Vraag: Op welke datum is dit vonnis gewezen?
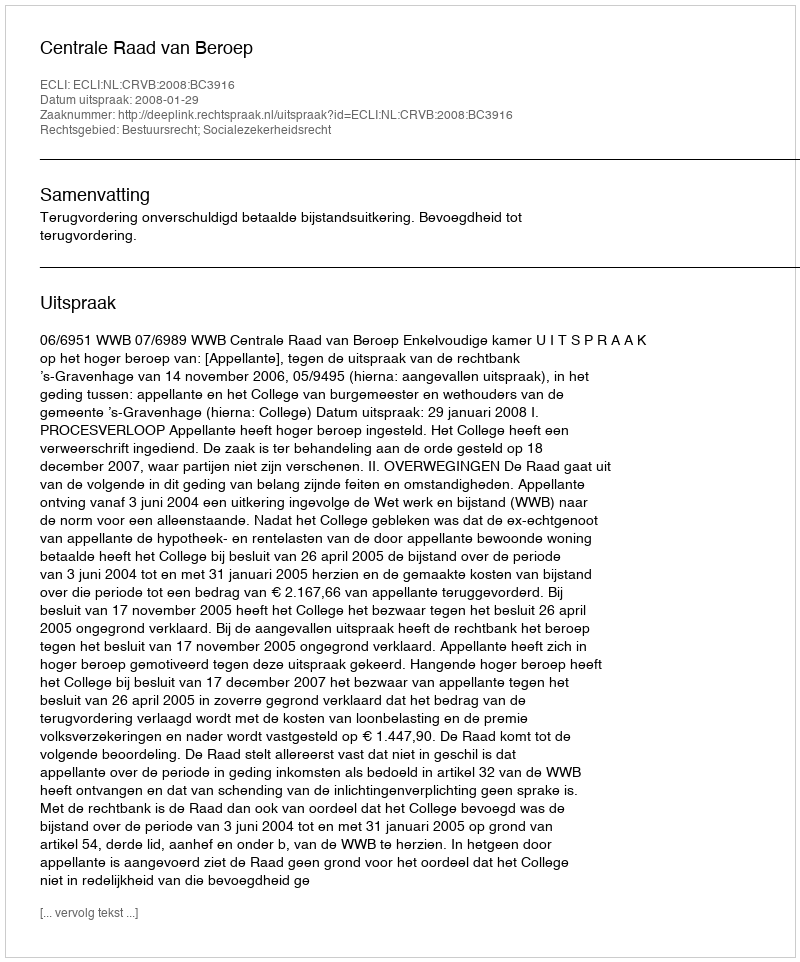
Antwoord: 2008-01-29